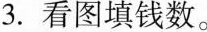
3.看图填钱数。